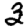
Digit: 3